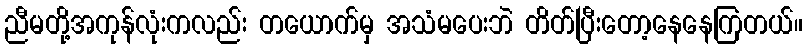
ညီမတို့အကုန်လုံးကလည်း တယောက်မှ အသံမပေးဘဲ တိတ်ပြီးတော့နေနေကြတယ်။